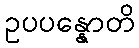
ဥပပန္နောတိ